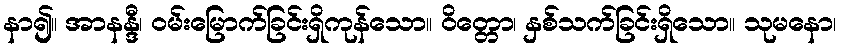
နာ၍။ အာနန္ဒီ၊ ဝမ်းမြောက်ခြင်းရှိကုန်သော။ ဝိတ္တော၊ နှစ်သက်ခြင်းရှိသော။ သုမနော၊